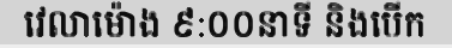
វេលាម៉ោង ៩:០០នាទី និងបើក